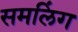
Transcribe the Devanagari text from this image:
समलिंग